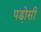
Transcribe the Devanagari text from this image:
पडो़सी